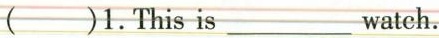
( )1. This is ___watch.